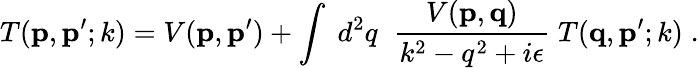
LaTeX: T({\mathbf p},{\mathbf p^{\prime}};k)=V({\mathbf p},{\mathbf p^{\prime}})+\int\; d^{2}q\; \; \frac{V({\mathbf p},{\mathbf q})}{k^{2}-q^{2}+i\epsilon}\; T({\mathbf q},{\mathbf p^{\prime}};k)\; .